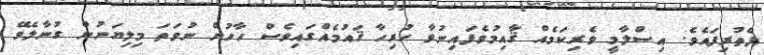
ފެތުރިފައެވެ. އިސްލާމީ ވެރިކަމެއް ޤާއިމުވެފައިނުވާ ހުރިހާ ޤައުމެއްގައިވެސް ހާހުން ނުވަތަ މިލިޔަނުން ގުނާލެވޭ